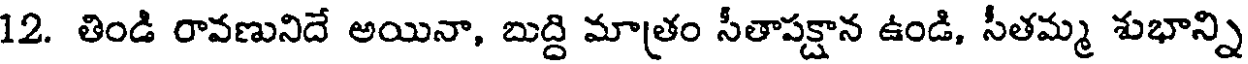
12. తిండి రావణునిదే అయినా, బుద్ది మాత్రం సీతాపక్షాన ఉండి, సీతమ్మ శుభాన్ని